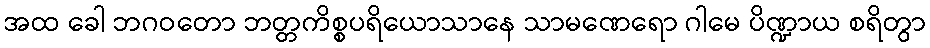
အထ ခေါ ဘဂဝတော ဘတ္တကိစ္စပရိယောသာနေ သာမဏေရော ဂါမေ ပိဏ္ဍာယ စရိတွာ